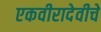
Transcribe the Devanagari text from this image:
एकवीरादेवीचे